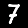
Digit: 7